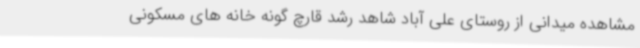
مشاهده میدانی از روستای علی آباد شاهد رشد قارچ گونه خانه های مسکونی